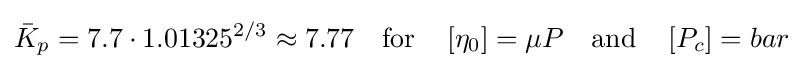
{\bar {K}}_{p}=7.7\cdot 1.01325^{2/3}\approx 7.77\quad {\text{for}}\quad \left[\eta _{0}\right]=\mu P\quad {\text{and}}\quad \left[P_{c}\right]=bar